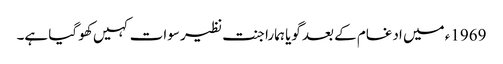
1969ء میں ادغام کے بعد گویا ہمارا جنت نظیر سوات کہیں کھو گیا ہے۔